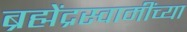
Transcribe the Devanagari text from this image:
ब्रह्मेंद्रस्वामींच्या